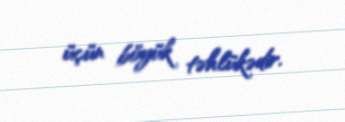
üçün böyük təhlükədir.